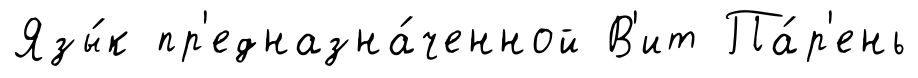
Язы́к пр'едназна́ченной В'ит Па́р'ень